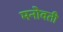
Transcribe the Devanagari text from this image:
मनोवती